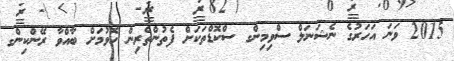
2015 ވަނަ އަހަރުގެ ނެޝަނަލް ސްވިމިންގ ސްކޮޑްތަކަށް ފެތުންތެރިން ހޮވުމަށް ބާއްވާ ރޭންކިންގ